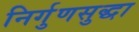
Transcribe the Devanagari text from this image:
निर्गुणसुद्धा